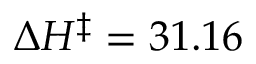
\Delta H ^ { \ddagger } = 3 1 . 1 6